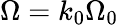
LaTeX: \Omega=k_{0}\Omega_{0}